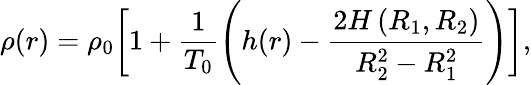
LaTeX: \rho(r)=\rho_{0}\bigg[1+\frac{1}{T_{0}}\left(h(r)-\frac{2H\left(R_{1},R_{2}\right)}{R_{2}^{2}-R_{1}^{2}}\right)\bigg],